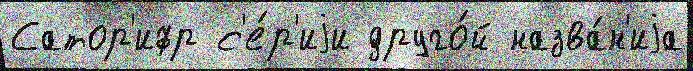
Сатор'ифр с'е́р'иjи друго́й назва́н'иjа